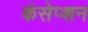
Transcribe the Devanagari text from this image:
कंसेप्शन